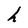
Character: h